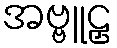
အဗ္ဗူဠှ